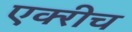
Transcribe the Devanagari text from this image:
एक्‍रीच